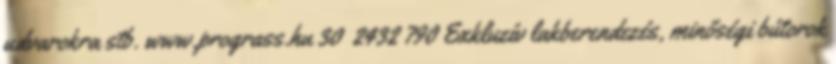
udvarokra stb. www.prograss.hu 30 2432 790 Exkluzív lakberendezés, minőségi bútorok